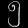
Digit: ၅